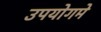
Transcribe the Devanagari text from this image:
उपयोगमे